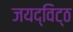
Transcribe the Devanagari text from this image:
जयद्विट्ठ